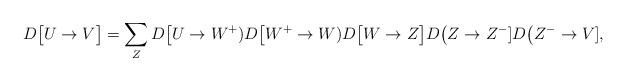
LaTeX: \begin{align*}D\big[U\to V\big] = \sum_{Z} D\big[U\to W^+)D\big[W^+\to W) D\big[W\to Z\big] D\big(Z\to Z^-] D\big(Z^-\to V],\end{align*}